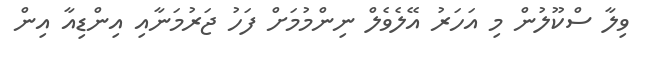
ވިލާ ސްކޫލުން މި އަހަރު އޭލެވެލް ނިންމުމަށް ފަހު ޖަރުމަނާއި އިންޑިއާ އިން